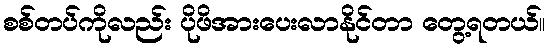
စစ်တပ်ကိုလည်း ပိုဖိအားပေးလာနိုင်တာ တွေ့ရတယ်။